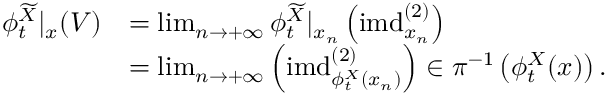
\begin{array} { r l } { \phi _ { t } ^ { \widetilde X } | _ { x } ( V ) } & { = \operatorname* { l i m } _ { n \rightarrow + \infty } \phi _ { t } ^ { \widetilde X } | _ { x _ { n } } \left( \mathrm { i m d } _ { x _ { n } } ^ { ( 2 ) } \right) } \\ & { = \operatorname* { l i m } _ { n \rightarrow + \infty } \left( \mathrm { i m d } _ { \phi _ { t } ^ { X } ( x _ { n } ) } ^ { ( 2 ) } \right) \in \pi ^ { - 1 } \left( \phi _ { t } ^ { X } ( x ) \right) . } \end{array}